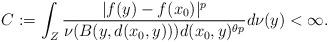
LaTeX: \begin{align*}C:=\int_Z\frac{|f(y)-f(x_0)|^p}{\nu(B(y,d(x_0,y)))d(x_0,y)^{\theta p}}d\nu(y)<\infty.\end{align*}